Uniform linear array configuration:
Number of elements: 12
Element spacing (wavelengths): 0.5
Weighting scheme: kaiser
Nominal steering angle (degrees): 30
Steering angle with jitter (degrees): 30.109
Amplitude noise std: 0.05
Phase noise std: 0.05

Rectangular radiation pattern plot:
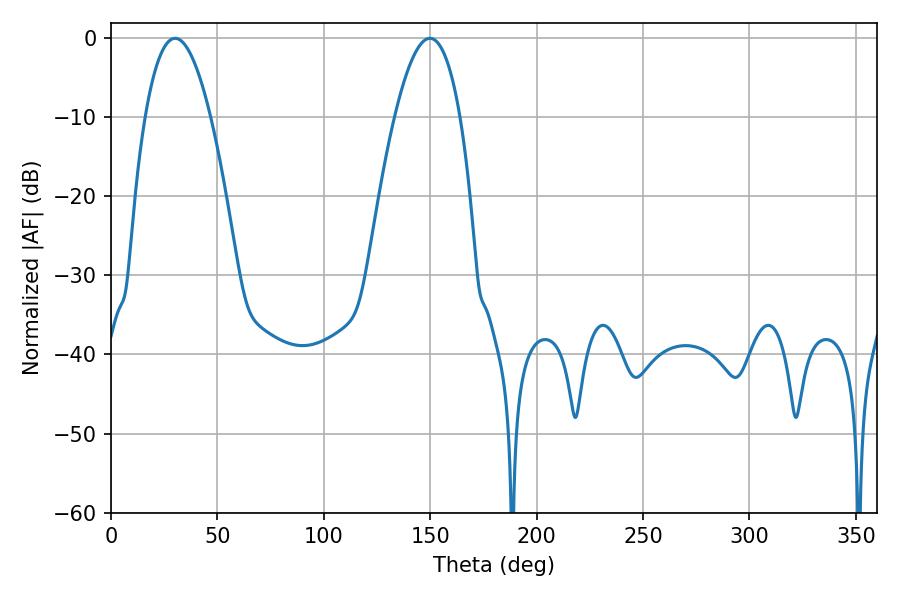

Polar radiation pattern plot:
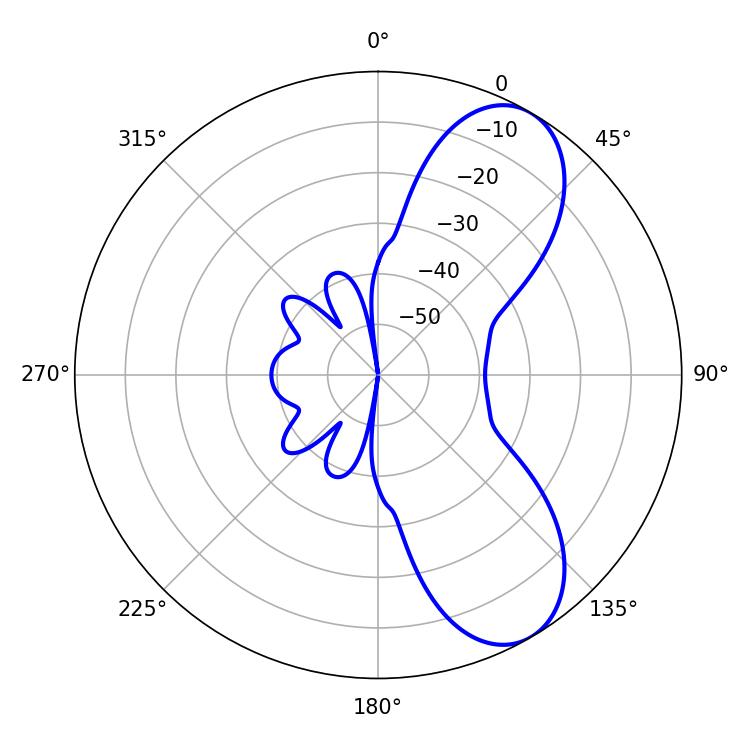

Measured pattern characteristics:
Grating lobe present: FALSE
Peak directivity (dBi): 7.923
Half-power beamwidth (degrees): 16.92
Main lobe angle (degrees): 30.06